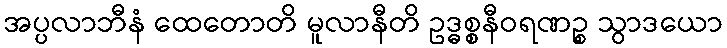
အပ္ပလာဘီနံ ထေတောတိ မူလာနီတိ ဥဒ္ဓစ္စနီဝရဏဉ္စ သွာဒယော